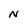
Character: N